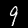
Digit: 9